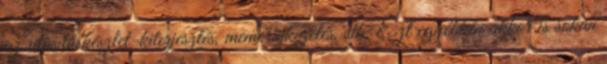
az utasításkészlet-kiterjesztés, memóriakezelés, stb. Ezt egyébkén akkor is sokan